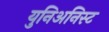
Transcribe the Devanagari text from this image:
युनिअनिस्ट